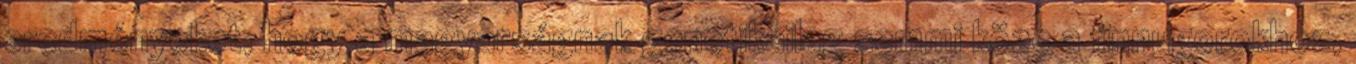
eredményeket, hogy a magyarságnak genetikailag semmi köze a finnugorokhoz,